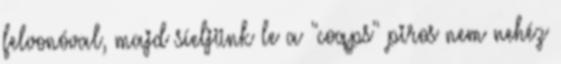
felvonóval, majd síeljünk le a "coqps" piros nem nehéz